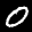
Label: 0